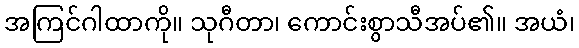
အကြင်ဂါထာကို။ သုဂီတာ၊ ကောင်းစွာသီအပ်၏။ အယံ၊